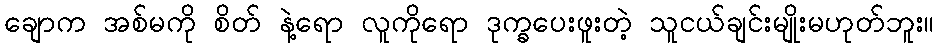
ချောက အစ်မကို စိတ် နဲ့ရော လူကိုရော ဒုက္ခပေးဖူးတဲ့ သူငယ်ချင်းမျိုးမဟုတ်ဘူး။